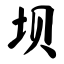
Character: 坝